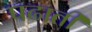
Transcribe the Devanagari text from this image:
पढाती